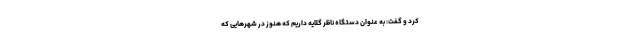
کرد و گفت: به عنوان دستگاه ناظر گلایه داریم که هنوز در شهرهایی که